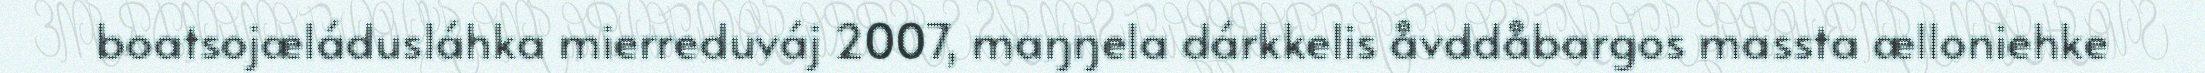
boatsojæládusláhka mierreduváj 2007, maŋŋela dárkkelis åvddåbargos massta ælloniehke